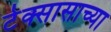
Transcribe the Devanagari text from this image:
टेक्सासाच्या